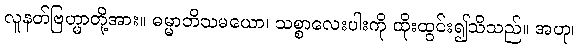
လူနတ်ဗြဟ္မာတို့အား။ ဓမ္မာဘိသမယော၊ သစ္စာလေးပါးကို ထိုးထွင်း၍သိသည်။ အဟု၊